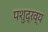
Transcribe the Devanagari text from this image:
पशुद्रव्य